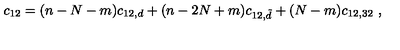
c _ { 1 2 } = ( n - N - m ) c _ { 1 2 , d } + ( n - 2 N + m ) c _ { 1 2 , \tilde { d } } + ( N - m ) c _ { 1 2 , 3 2 } \ ,